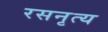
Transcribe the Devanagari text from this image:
रसनृत्य